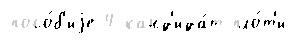
посо́б'иjе 4 канд'ида́т пло́т'и